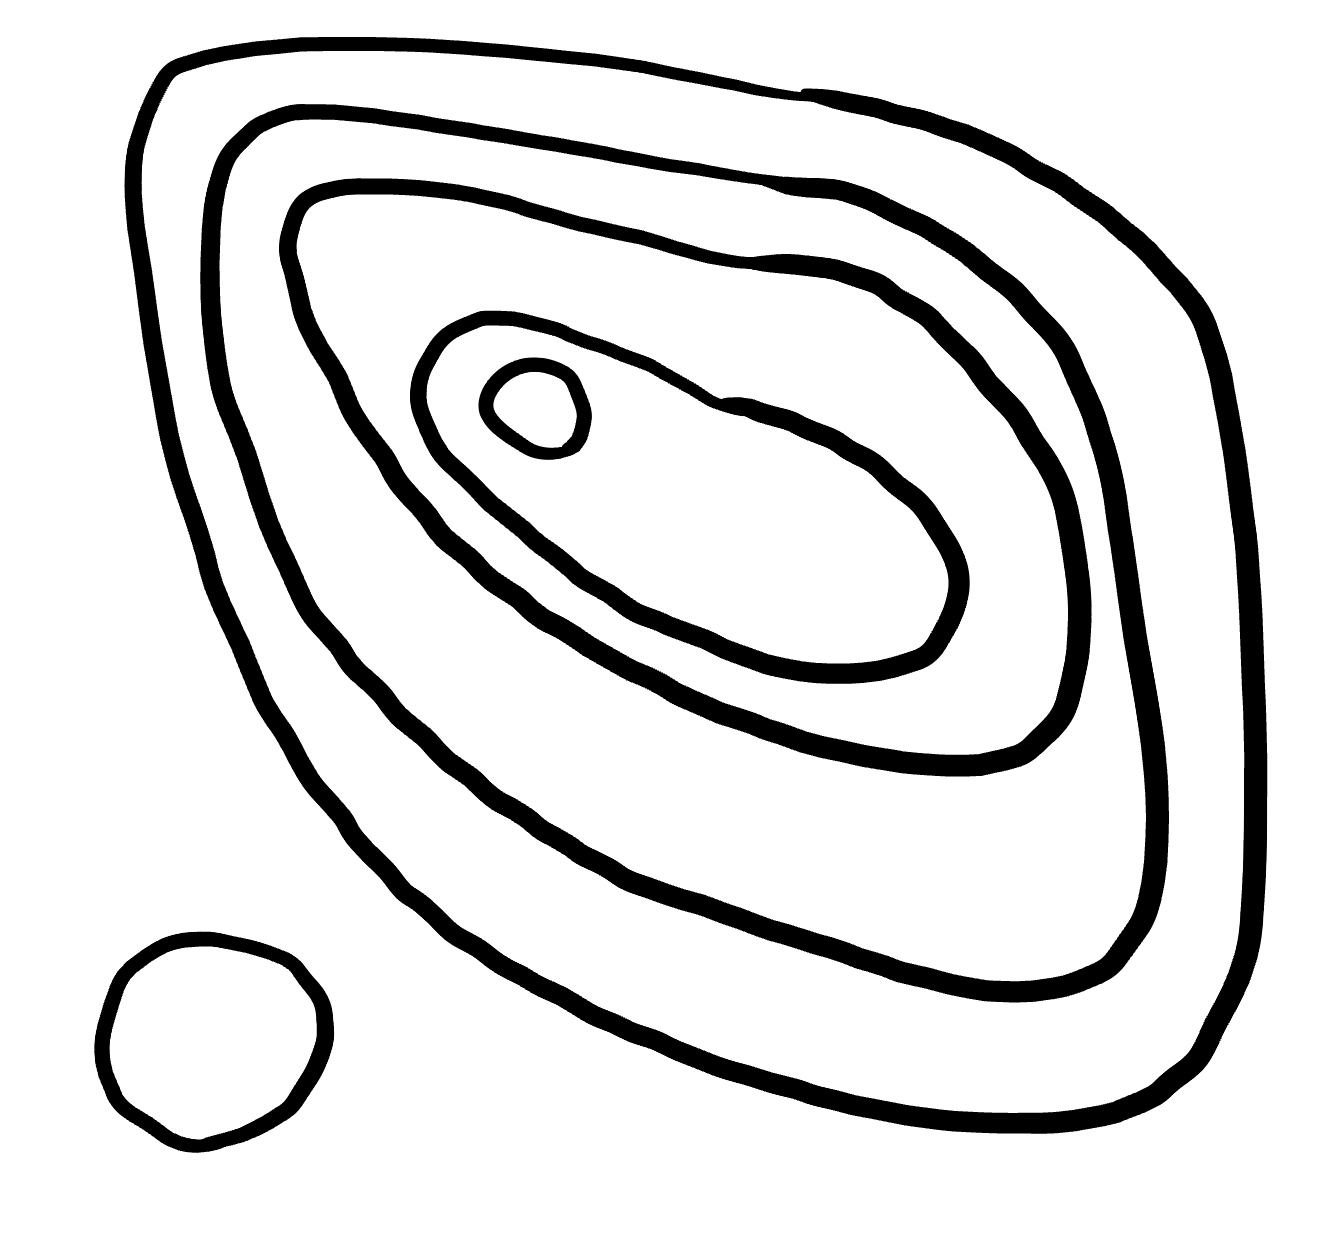
Number of regions (including the outer root region): 7
Containment tree edges (parent, child): 0, 1, 0, 2, 2, 3, 3, 4, 4, 5, 5, 6